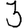
Digit: 3